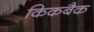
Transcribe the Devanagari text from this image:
किकबैक